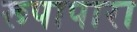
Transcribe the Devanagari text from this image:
रूपापारा